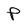
Character: P